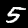
Label: 5